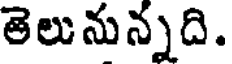
తెలునున్నది.